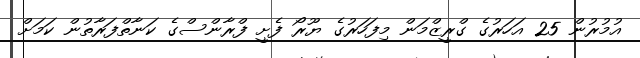
އުމުރުން 25 އަހަރުގެ ގްރީޒްމަން މިފަހަރުގެ ޔޫރޯ ފެށީ ފްރާންސްގެ ކަނާތްފަރާތުން ކަމަށް